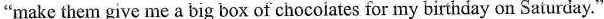
"make them give me a big box of chocolates for my birthday on Saiurday."